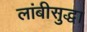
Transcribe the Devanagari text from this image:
लांबीसुद्धा